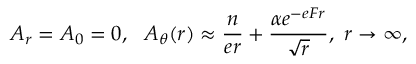
A _ { r } = A _ { 0 } = 0 , ~ ~ A _ { \theta } ( r ) \approx { \frac { n } { e r } } + { \frac { \alpha e ^ { - e F r } } { \sqrt r } } , ~ r \to \infty ,